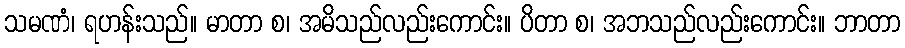
သမဏံ၊ ရဟန်းသည်။ မာတာ စ၊ အမိသည်လည်းကောင်း။ ပိတာ စ၊ အဘသည်လည်းကောင်း။ ဘာတာ